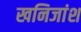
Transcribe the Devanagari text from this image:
खनिजांश